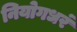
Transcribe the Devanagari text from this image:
नियोगधरं